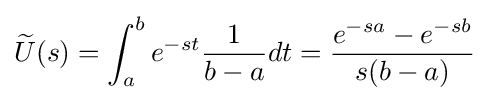
{\widetilde {U}}(s)=\int _{a}^{b}e^{-st}{\frac {1}{b-a}}dt={\frac {e^{-sa}-e^{-sb}}{s(b-a)}}